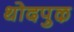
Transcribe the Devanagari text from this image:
थोदपुऴ